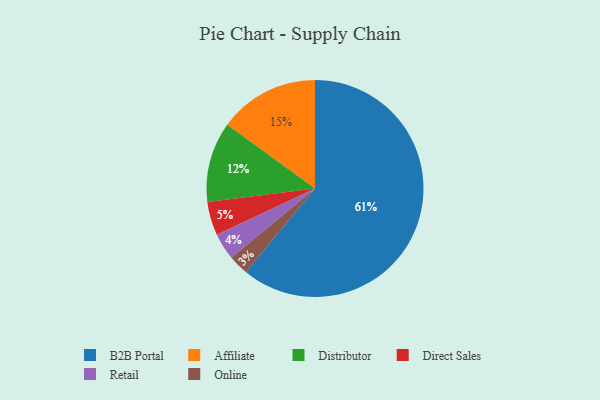
{"axis": {"x": "Category", "y": "Percentage"}, "legend": ["Affiliate", "B2B Portal", "Direct Sales", "Distributor", "Online", "Retail"], "data": [{"x": "Retail", "y": 4, "type": "Retail"}, {"x": "Affiliate", "y": 15, "type": "Affiliate"}, {"x": "Distributor", "y": 12, "type": "Distributor"}, {"x": "B2B Portal", "y": 61, "type": "B2B Portal"}, {"x": "Direct Sales", "y": 5, "type": "Direct Sales"}, {"x": "Online", "y": 3, "type": "Online"}]}